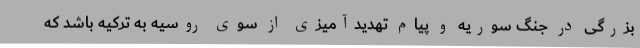
بزرگی در جنگ سوریه و پیام تهدیدآمیزی از سوی روسیه به ترکیه باشد که